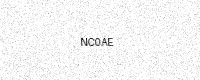
Text: NC0AE